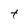
Character: t